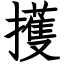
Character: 擭